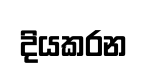
දියකරන